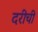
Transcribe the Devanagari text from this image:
दरीची